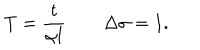
T = \frac { t } { \alpha l } \quad \quad \Delta \sigma = 1 .